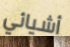
أشيائي